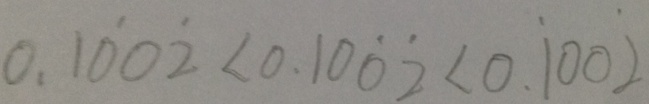
0 . 1 \dot { 0 } 0 \dot { 2 } < 0 . 1 0 \dot { 0 } \dot { 2 } < 0 . \dot { 1 } 0 0 \dot { 2 }